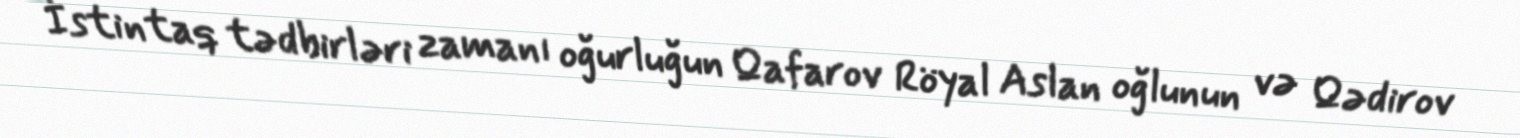
İstintaq tədbirləri zamanı oğurluğun Qafarov Röyal Aslan oğlunun və Qədirov